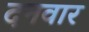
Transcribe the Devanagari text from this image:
दनवार